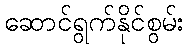
ဆောင်ရွက်နိုင်စွမ်း